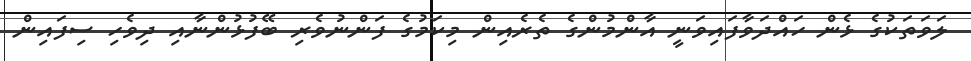
ލަވަތަކުގެ ޅެން ހައްދަވާފައިވަނީ އާންމުންގެ ތެރެއިން މިކަމުގެ ފަންނުވެރި ބޭފުޅުންނާއި ދިވެހި ސިފައިން